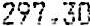
297.30